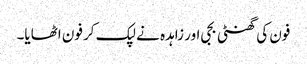
فون کی گھنٹی بجی اور زاہدہ نے لپک کر فون اٹھایا۔